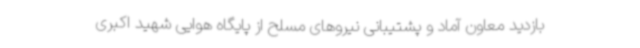
بازدید معاون آماد و پشتیبانی نیروهای مسلح از پایگاه هوایی شهید اکبری